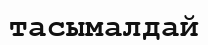
тасымалдай